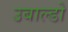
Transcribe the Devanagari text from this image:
उबाल्डो